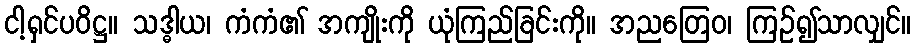
ငါ့ရှင်ပဝိဋ္ဌ။ သဒ္ဓါယ၊ ကံကံ၏ အကျိုးကို ယုံကြည်ခြင်းကို။ အညတြေဝ၊ ကြဉ်၍သာလျှင်။